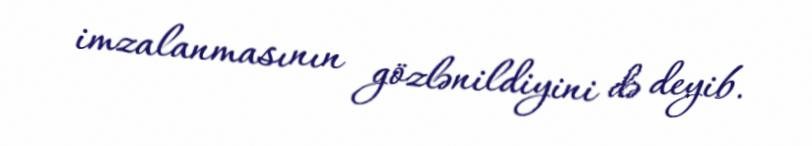
imzalanmasının gözlənildiyini də deyib.